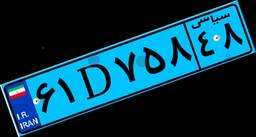
۹۳D۶۶۲۱۴